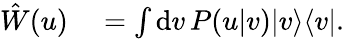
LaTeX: \begin{array}{rl}{\hat{W}(u)}&{{}=\int\mathrm{d}v\, P(u|v)|v\rangle\langle v|.}\end{array}